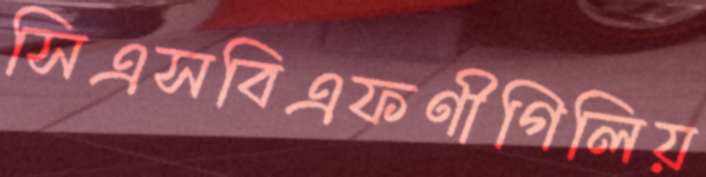
সিএসবিএফণীগিলিয়